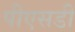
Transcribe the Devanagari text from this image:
पीएसडी